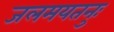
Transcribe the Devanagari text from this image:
जलमयतनुः